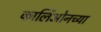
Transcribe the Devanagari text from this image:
कार्लिओनच्या